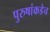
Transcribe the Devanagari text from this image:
पुरुषांकडेच